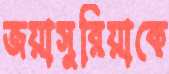
জয়াসুরিয়াকে